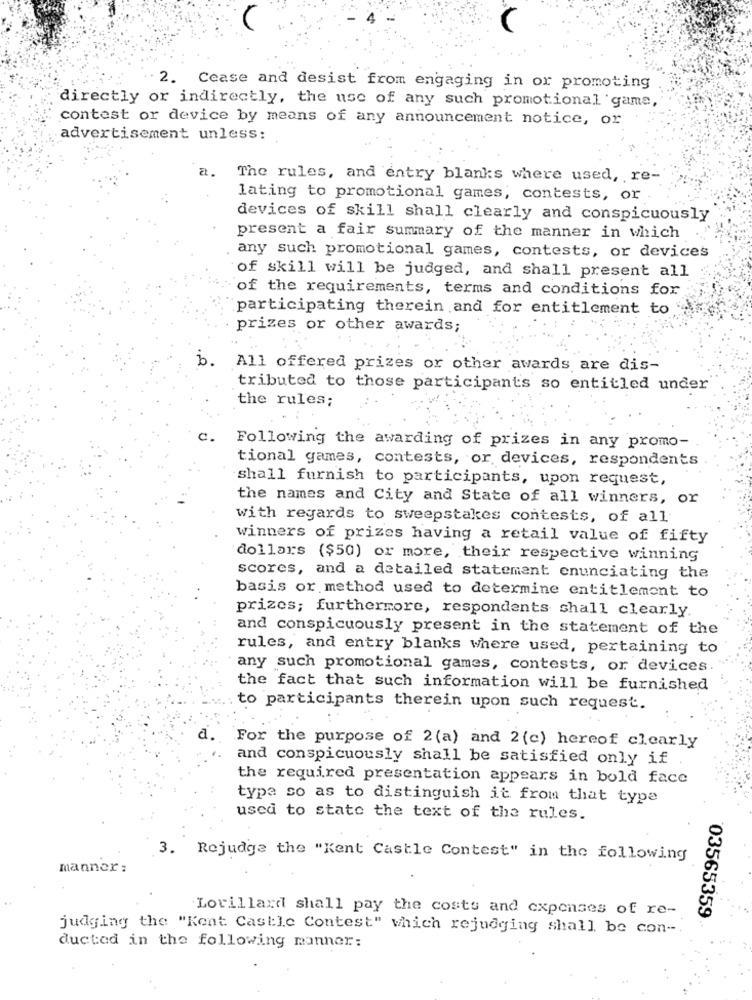
2. Cease and desist from engaging in or promoting
directly or indirectly, the use of any such promotional game,
contest or device by means of any announcement notice, or
advertisement unless:
2.
The rules, and entry blanks where used, re-
lating to promotional games, contests, or
devices of skill shall clearly and conspicuously
present a fair summary of the manner in which
any such promotional games, contests, or devices
of skill will be judged, and shall present all
of the requirements, terms and conditions for
participating therein and for entitlement to
prizes or other awards;
b .
All offered prizes or other awards are dis-
tributed to those participants so entitled under
the rules;
Following the awarding of prizes in any promo-
tional games, contests, or devices, respondents
shall furnish to participants, upon request,
the names and City and State of all winners, or
with regards to sweepstakes contests, of all
winners of prizes having a retail value of fifty
dollars ($50) or more, their respective winning
scores, and a detailed statement enunciating the
basis or method used to determine entitlement to
prizes; furthermore, respondents shall clearly.
and conspicuously present in the statement of the
rules, and entry blanks where used, pertaining to
any such promotional games, contests, or devices.
the fact that such information will be furnished
to participants therein upon such request.
d. For the purpose of 2 (a) and 2 (c) hereof clearly
and conspicuously shall be satisfied only if
the required presentation appears in bold face
type so as to distinguish it from that type
used to stato the text of the rules.
3. Rejudge the "Kent Castle Contest" in the following
manner:
Lorillard shall pay the costs and expenses of re-
03565359
judging the "Kent Castle Contest" which rejudging shall be con --.
ducted in the following manner: